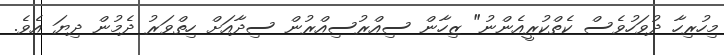
މިހުރިހާ ދުވަހުވެސް ކެތްކުރީއެންނު" ޒިހާން ސިއްރުސިއްރުން ސިދާއަށް ހިތްވަރު ދެމުން ދިޔަ އެވެ.